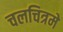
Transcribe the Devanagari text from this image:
चलचित्रमे